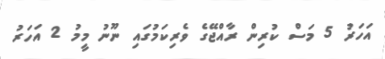
އަހަރު 5 މަސް ކުރިން ރާއްޖޭގެ ވެރިކަމުގައި ނޫނު މީމު 2 އަހަރު